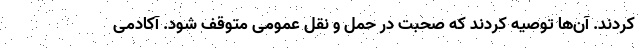
کردند. آن‌ها توصیه کردند که صحبت در حمل و نقل عمومی متوقف شود. آکادمی